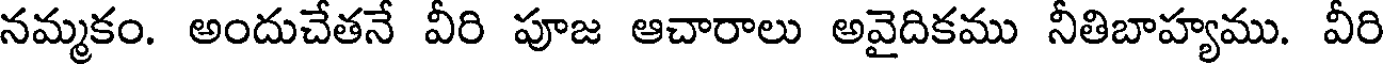
నమ్మకం. అందుచేతనే వీరి పూజ ఆచారాలు అవైదికము నీతిబాహ్యము. వీరి